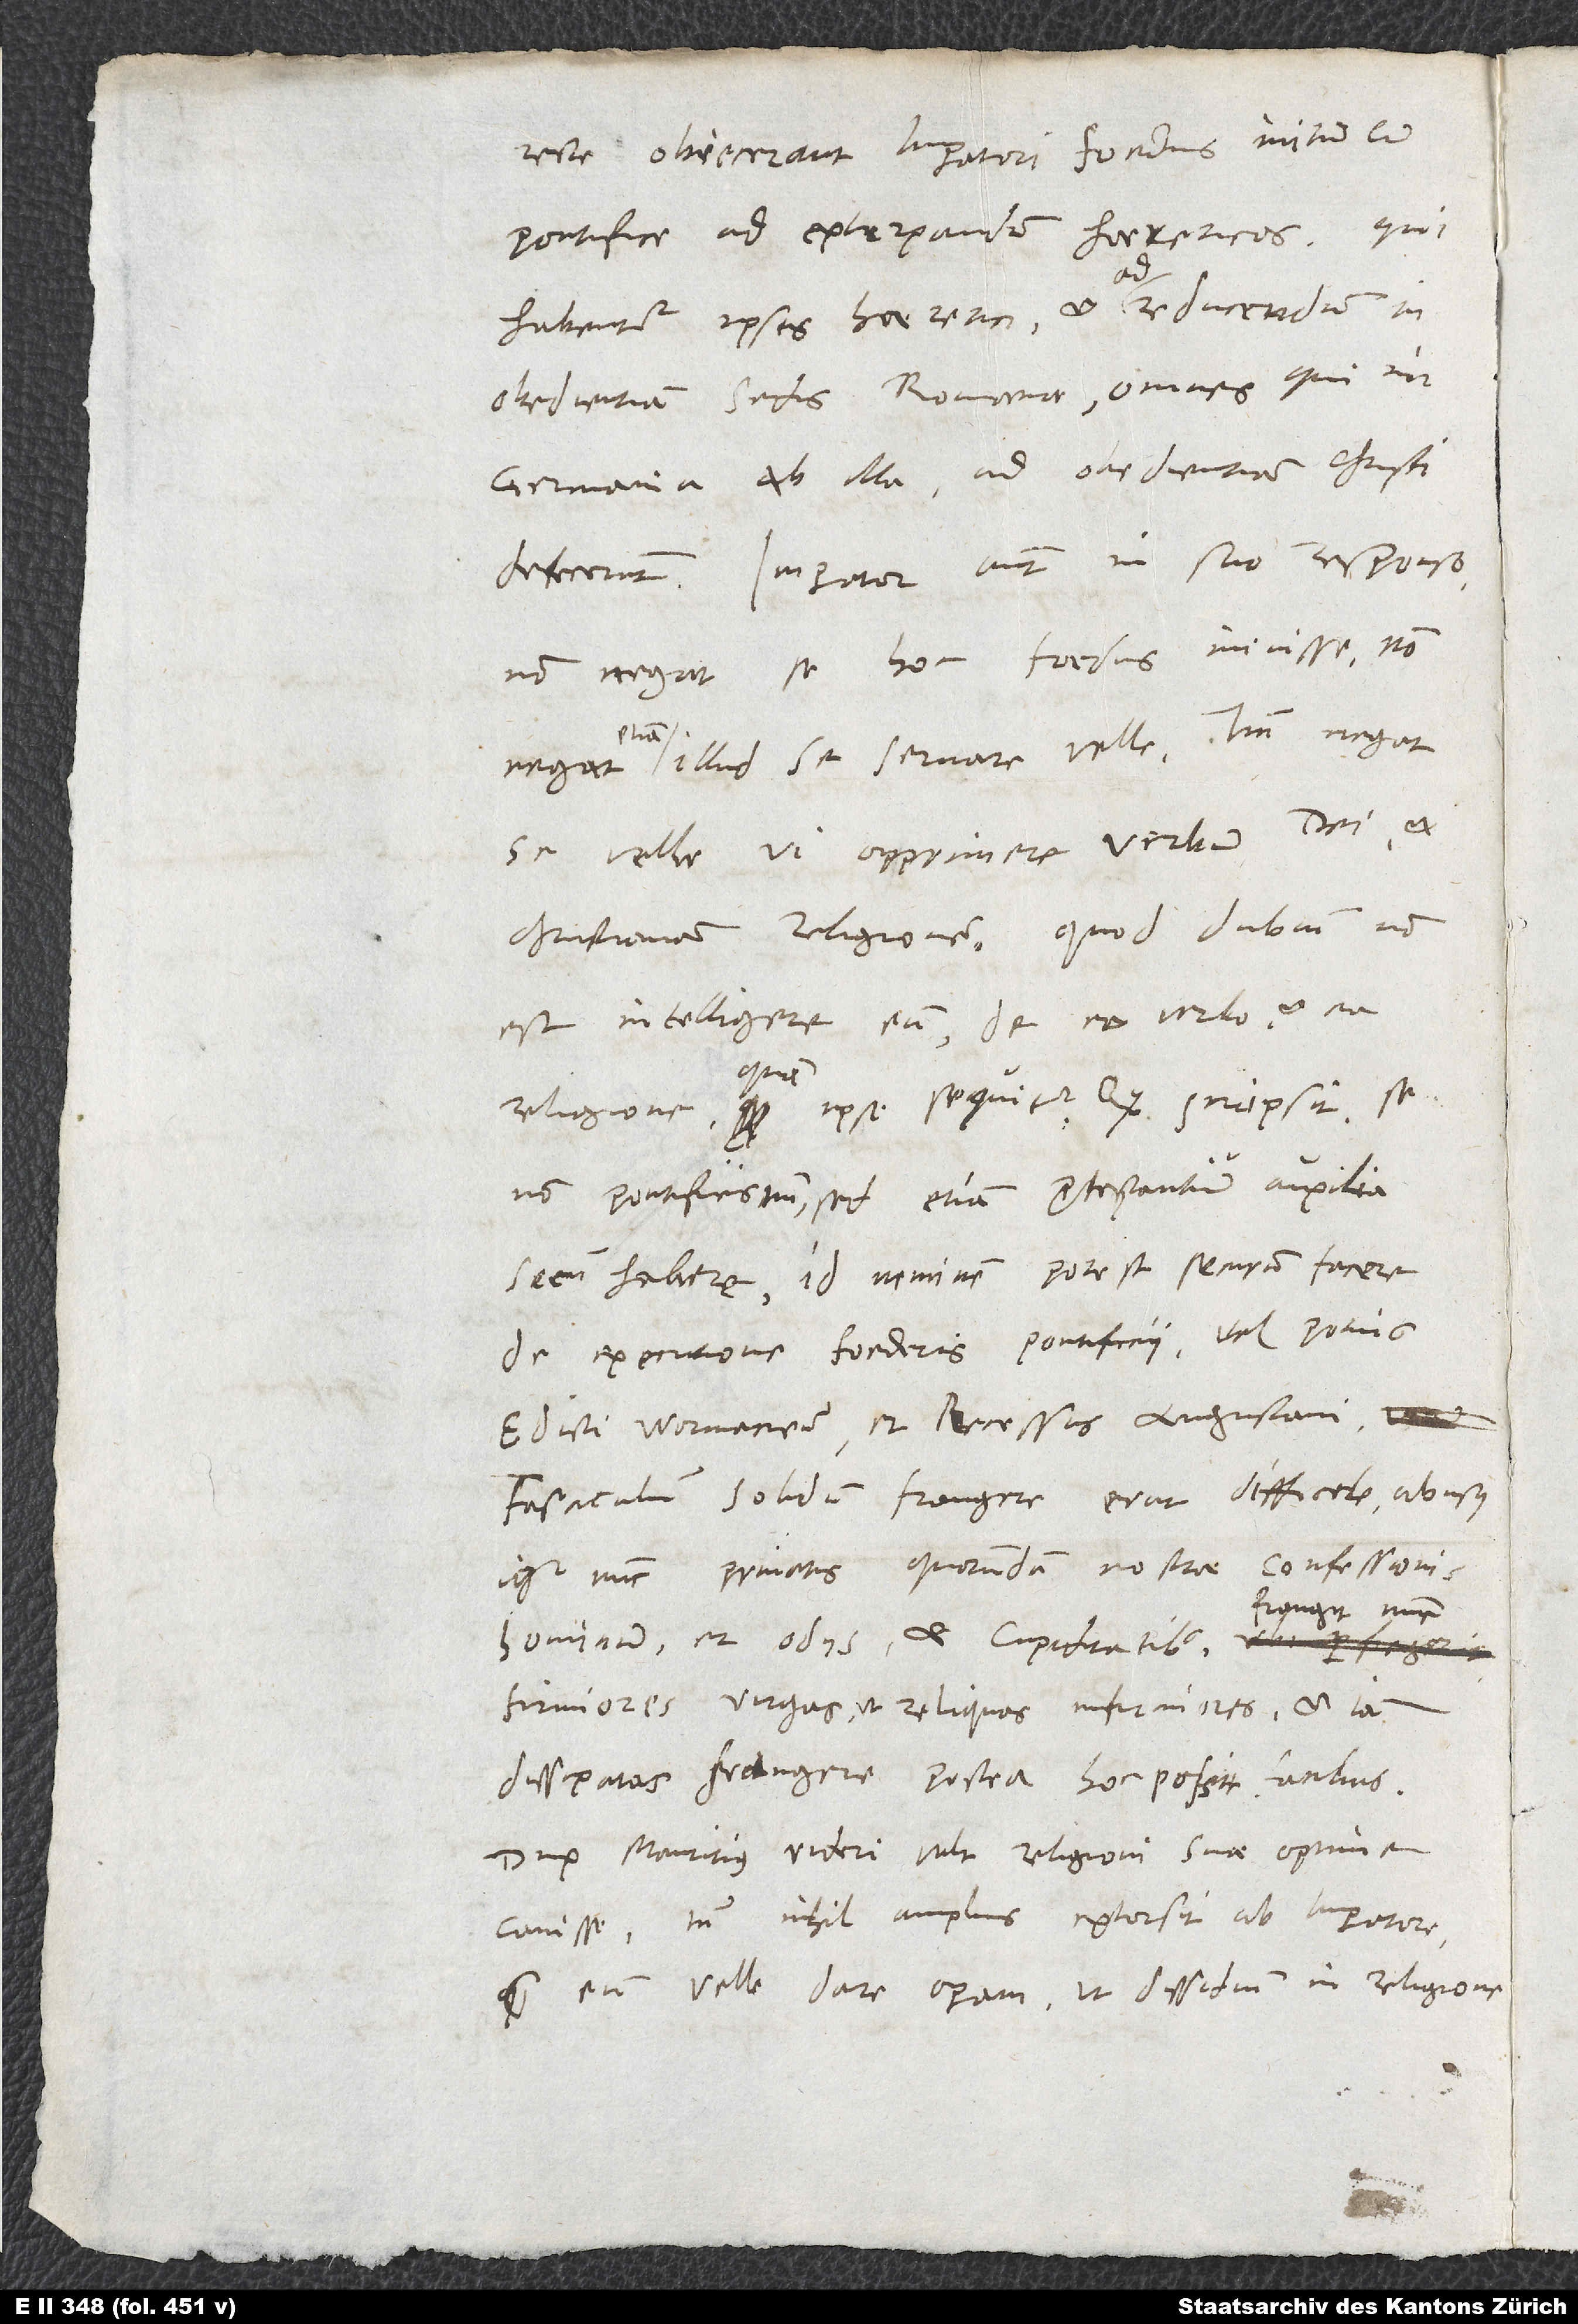
recte obiecerant imperatori foedus initum cum
pontifice ad extirpandum haereticos, qui
habentur ipsis haeretici, et ad reducendum in
obedientiam sedis Romanae omnes, qui in
Germania ab illa ad obedientiam Christi
defecerunt. Imperator autem in suo responso
non negat se hoc foedus inivisse; non
illud se servare velle; tantum negat
se velle vi opprimere verbum dei et
christianam religionem, quod dubium non
est intelligere eum de eo verbo et ea
S.
non pontificis tantum, sed etiam protestantium auxilia
secum habere, id neminem potest securum facere
de executione foederis pontificii vel potius
edicti Wormaciensis et recessus Augustani.
Fascicu lum solidum frangere erat difficile; abusus
igitur nunc privatis quorundam nostrae confessionis
frangit nunc
hominum et odiis et cupiditatibus
firmiores virgas, ut reliquas infirmiores et iam
dissipatas frangere postea hoc possit facilius.
Dux Mauritius videri vult religioni suae optime
cavisse, tamen nihil amplius extorsit ab imperatore
quam eum velle dare operam, ut dissidium in religione